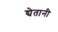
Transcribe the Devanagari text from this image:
द्येतानी